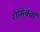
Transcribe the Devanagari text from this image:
रीमिक्सों